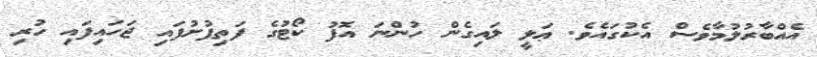
އެއްބާރުލުމާވެސް އެކުގައެވެ. ޢަލީ ލައިގެން ހުންނަ އޮފު ކޯޓުގެ ފަތިފުށުފައި ޖަހައިފައި ހުރި